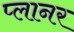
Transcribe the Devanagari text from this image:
प्‍लानर